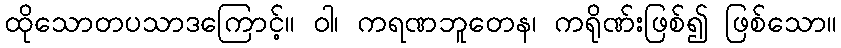
ထိုသောတပသာဒကြောင့်။ ဝါ၊ ကရဏဘူတေန၊ ကရိုဏ်းဖြစ်၍ ဖြစ်သော။